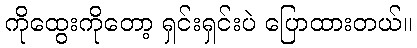
ကိုထွေးကိုတော့ ရှင်းရှင်းပဲ ပြောထားတယ်။